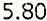
5.80